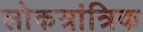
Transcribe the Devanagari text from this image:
लोकत्रांत्रिक